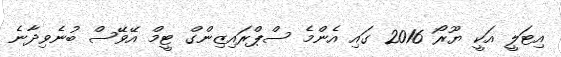
އިޓަލީ އަކީ ޔޫރޯ 2016 ގައި އެންމެ ސްޕްރައިޒިންގް ޓީމް އޭވޭސް ބުނެވިދާނެ